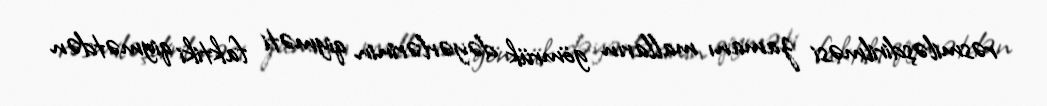
rəsmiləşdirilməsi zamanı malların gömrük dəyərlərinin qiyməti faktiki qiymətdən